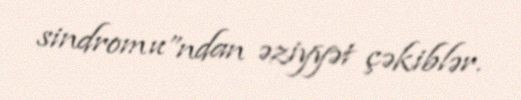
sindromu”ndan əziyyət çəkiblər.